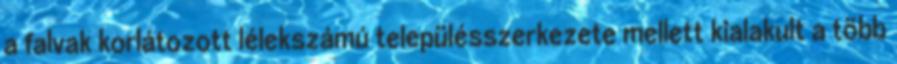
a falvak korlátozott lélekszámú településszerkezete mellett kialakult a több